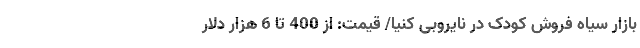
بازار سیاه ‌فروش کودک در نایروبی کنیا/ قیمت: از 400 تا 6 هزار دلار